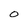
Character: O